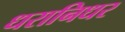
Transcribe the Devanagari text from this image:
धरानिधर